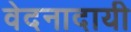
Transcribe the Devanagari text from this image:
वेदनादायी